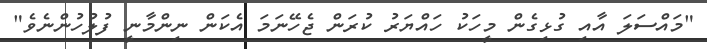
"މައްސަލަ އާއި ގުޅިގެން މީހަކު ހައްޔަރު ކުރަން ޖެހޭނަމަ އެކަން ނިންމާނީ ފުލުހުންނެވެ"